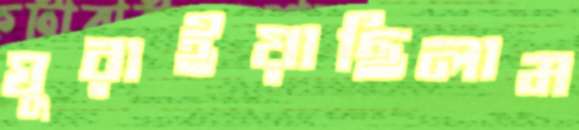
ঘুরাইয়াছিলাম